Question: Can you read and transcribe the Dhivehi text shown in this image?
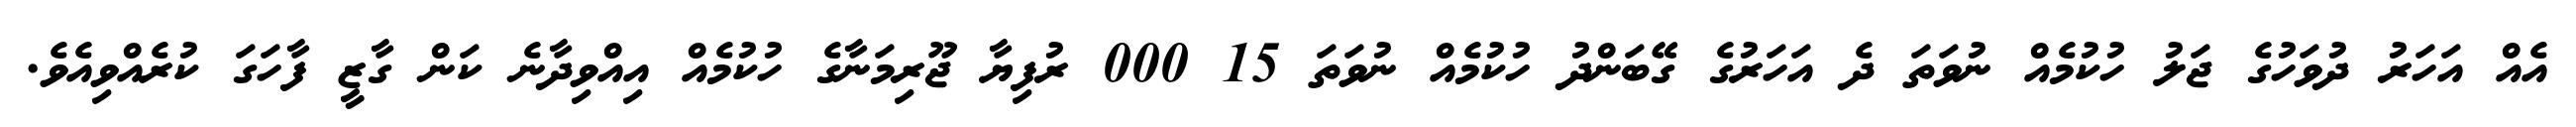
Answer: އެއް އަހަރު ދުވަހުގެ ޖަލު ހުކުމެއް ނުވަތަ ދެ އަހަރުގެ ގޭބަންދު ހުކުމެއް ނުވަތަ 15 000 ރުފިޔާ ޖޫރިމަނާގެ ހުކުމެއް އިއްވިދާނެ ކަން ގާޒީ ފާހަގަ ކުރެއްވިއެވެ.